Indian journal of veterinary science and animal husbandry - Volumes 15-17, 1948-1951
Year: 1948
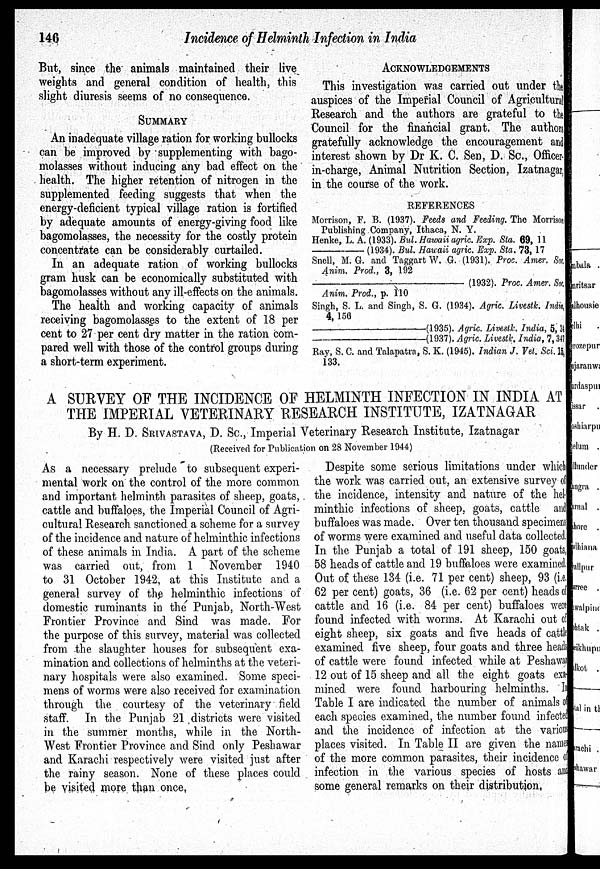
146
Incidence of Helminth Infection in India
But, since the animals maintained their live
weights and general condition of health, this
slight diuresis seems of no consequence.
SUMMARY
An inadequate village ration for working bullocks
can be improved by supplementing with bago-
molasses without inducing any bad effect on the
health. The higher retention of nitrogen in the
supplemented feeding suggests that when the
energy-deficient typical village ration is fortified
by adequate amounts of energy-giving food like
bagomolasses, the necessity for the costly protein
concentrate can be considerably curtailed.
In an adequate ration of working bullocks
gram husk can be economically substituted with
bagomolasses without any ill-effects on the animals.
The health and working capacity of animals
receiving bagomolasses to the extent of 18 per
cent to 27 per cent dry matter in the ration com-
pared well with those of the control groups during
a short-term experiment.
ACKNOWLEDGEMENTS
This investigation was carried out under the
auspices of the Imperial Council of Agricultural
Research and the authors are grateful to the
Council for the financial grant. The authors
gratefully acknowledge the encouragement and
interest shown by Dr K. C. Sen, D. Sc., Officer-
in-charge, Animal Nutrition Section, Izatnagar,
in the course of the work.
REFERENCES
Morrison, F. B. (1937). Feeds and Feeding. The Morrison
Publishing Company, Ithaca, N. Y.
Henke, L. A. (1933). Bul. Hawaii agric. Exp. Sta. 69, 11
——
(1934). Bul. Hawaii agric. Exp. Sta. 73, 17
Snell, M. G. and Taggart W. G. (1931). Proc. Amer. Soc.
Anim. Prod., 3, 192
——
(1932). Proc. Amer. Soc.
Anim. Prod., p. 110
Singh, S. L. and Singh, S. G. (1934). Agric. Livestk. India,
4, 156
—(1935).
Agric. Livestk. India, 5, 34
—(1937).
Agric. Livestk. India, 7, 347
Ray, S. C. and Talapatra, S. K. (1945). Indian J. Vet. Sci. 15,
133.
A SURVEY OF THE INCIDENCE OF HELMINTH INFECTION IN INDIA AT
THE IMPERIAL VETERINARY RESEARCH INSTITUTE, IZATNAGAR
By H. D. SRIVASTAVA, D. Sc., Imperial Veterinary Research Institute, Izatnagar
(Received for Publication on 28 November 1944)
As a necessary prelude to subsequent experi-
mental work on the control of the more common
and important helminth parasites of sheep, goats,
cattle and buffaloes, the Imperial Council of Agri-
cultural Research sanctioned a scheme for a survey
of the incidence and nature of helminthic infections
of these animals in India. A part of the scheme
was carried out, from 1 November 1940
to 31 October 1942, at this Institute and a
general survey of the helminthic infections of
domestic ruminants in the Punjab, North-West
Frontier Province and Sind was made. For
the purpose of this survey, material was collected
from the slaughter houses for subsequent exa-
mination and collections of helminths at the veteri-
nary hospitals were also examined. Some speci-
mens of worms were also received for examination
through the courtesy of the veterinary field
staff. In the Punjab 21 districts were visited
in the summer months, while in the North-
West Frontier Province and Sind only Peshawar
and Karachi respectively were visited just after
the rainy season. None of these places could
be visited more than once.
Despite some serious limitations under which
the work was carried out, an extensive survey of
the incidence, intensity and nature of the hel¬
minthic infections of sheep, goats, cattle and
buffaloes was made. Over ten thousand specimens
of worms were examined and useful data collected.
In the Punjab a total of 191 sheep, 150 goats,
58 heads of cattle and 19 buffaloes were examined
Out of these 134 (i.e. 71 per cent) sheep, 93 (i.e.
62 per cent) goats, 36 (i.e. 62 per cent) heads of
cattle and 16 (i.e. 84 per cent) buffaloes were
found infected with worms. At Karachi out of
eight sheep, six goats and five heads of cattle
examined five sheep, four goats and three heads
of cattle were found infected while at Peshawar
12 out of 15 sheep and all the eight goats exa¬
mined were found harbouring helminths.
Table I are indicated the number of animals
each species examined, the number found infect
and the incidence of infection at the various
places visited. In Table II are given the names
of the more common parasites, their incidence of
infection in the various species of hosts and
some general remarks on their distribution.